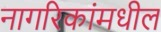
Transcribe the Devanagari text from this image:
नागरिकांमधील